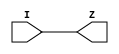
/*
 * Module: w_icons_mgmt
 * Date  : 
 */
`timescale 1ns/1ps
module common_clkbuf (
    I,
    Z
);

    input  I;
    output Z;

    //to be replaced with clk buffer from the STD library
   
    assign Z = I;

endmodule